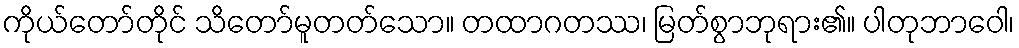
ကိုယ်တော်တိုင် သိတော်မူတတ်သော။ တထာဂတဿ၊ မြတ်စွာဘုရား၏။ ပါတုဘာဝေါ၊